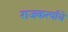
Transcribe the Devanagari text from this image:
राजकर्त्यांचे